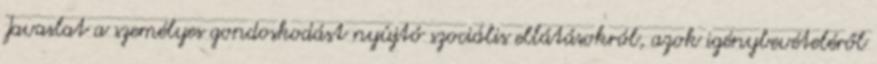
Javaslat a személyes gondoskodást nyújtó szociális ellátásokról, azok igénybevételéről